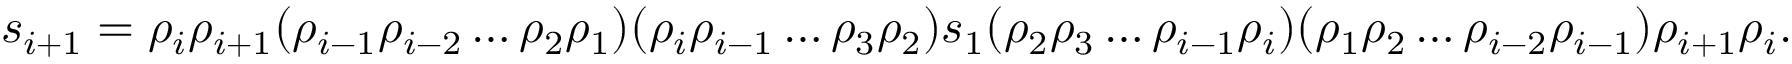
s _ { i + 1 } = \rho _ { i } \rho _ { i + 1 } ( \rho _ { i - 1 } \rho _ { i - 2 } \dots \rho _ { 2 } \rho _ { 1 } ) ( \rho _ { i } \rho _ { i - 1 } \dots \rho _ { 3 } \rho _ { 2 } ) s _ { 1 } ( \rho _ { 2 } \rho _ { 3 } \dots \rho _ { i - 1 } \rho _ { i } ) ( \rho _ { 1 } \rho _ { 2 } \dots \rho _ { i - 2 } \rho _ { i - 1 } ) \rho _ { i + 1 } \rho _ { i } .